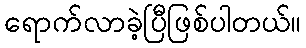
ရောက်လာခဲ့ပြီဖြစ်ပါတယ်။